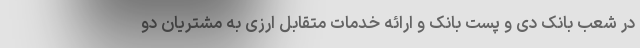
در شعب بانک دی و پست بانک و ارائه خدمات متقابل ارزی به مشتریان دو